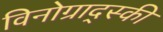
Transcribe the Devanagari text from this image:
विनोग्राद्स्की